Report on vaccination North-West Frontier Province 1904-1922 - 1904-1922
Year: 1904
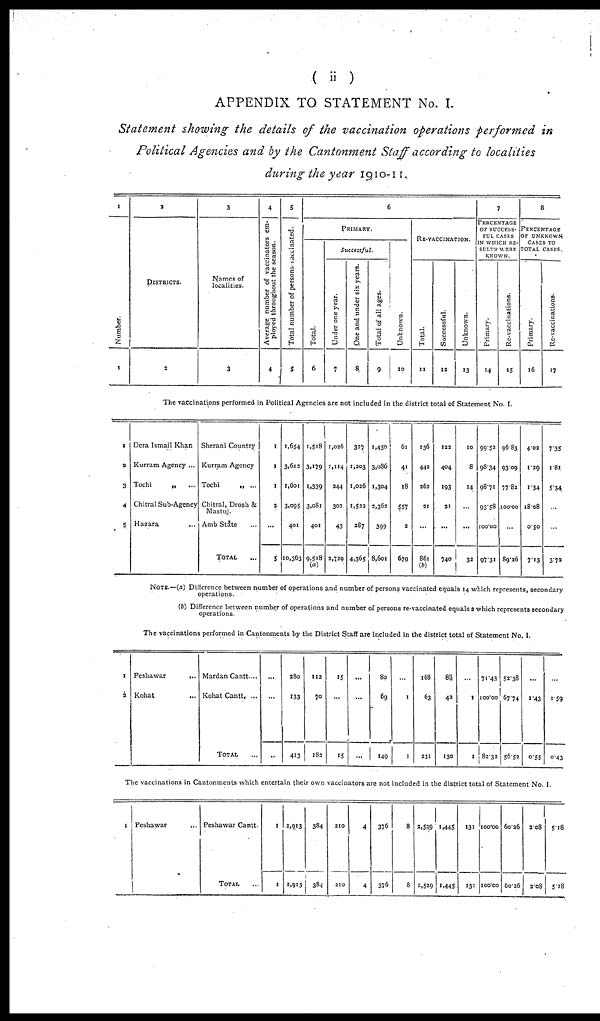
( ii )
APPENDIX TO STATEMENT No. I.
Statement showing the details of the vaccination operations performed in
Political Agencies and by the Cantonment Staff according to localities
during the year 1910-11.
1
Number.
1
2
DISTRICTS.
2
3
Names of
localities.
3
4
Average number of vaccinators em-
ployed throughout the season.
4
5
Total number of persons vaccinated.
5
6
PRIMARY.
Total.
6
Successful.
Under one year.
7
One and under six years.
8
Total of all ages.
9
Unknown.
10
RE-VACCINATION.
Total.
11
Successful.
12
Unknown.
13
7
PERCENTAGE
OF SUCCESS-
FUL CASKS
IN WHICH RE-
SULTS WERE
KNOWN.
Primary.
14
Re-vaccinations.
15
8
PERCENTAGE
OF UNKNOWN
CASES TO
TOTAL CASES.
Primary.
16
Re-vaccinations.
17
The vaccinations performed in Political Agencies are not included in the district total of Statement No. I.
1
2
3
4
5
Dera Ismail Khan
Kurram Agency ...
Tochi
„ ...
Chitral Sub-Agency
Hazara
...
Sherani Country
Kurram Agency
Tochi
„ ...
Chitral, Drosh &
Mastuj.
Amb State ...
TOTAL
1
1
1
2
...
5
1,654
3,612
1,601
3,095
401
10,363
1,518
3,179
1,339
3,081
401
9,518
(a)
1,026
1,114
244
302
43
2,729
327
1,203
1,026
1,523
287
4,365
1,450
3,086
1,304
2,362
399
8,601
61
41
18
557
2
679
136
442
262
21
...
861
(b)
122
404
193
31
...
740
10
8
14
...
...
32
99.52
98.34
98.71
93.58
100.00
97.31
96.83
93.09
77.82
100.00
...
89.26
4.02
1.29
1.34
18.08
0.50
7.13
7.35
1.81
5.34
...
...
3.72
NOTE.—(a) Difference between number of operations and number of persons vaccinated equals 14 which represents, secondary
operations.
(b) Difference between number of operations and number of persons re-vaccinated equals 3 which represents secondary
operations.
The vaccinations performed in Cantonments by the District Staff are included in the district total of Statement No. I.
1
2
Peshawar
...
Kohat ...
Mardan Cantt....
Kohat Cantt, ...
TOTAL
...
...
...
280
133
413
112
70
182
15
...
15
...
...
...
80
69
149
...
1
1
168
63
231
88
42
130
...
1
1
71.43
100.00
82.32
52.38
67.74
56.52
...
1.43
0.55
...
1.59
0.43
The vaccinations in Cantonments which entertain their own vaccinators are not included in the district total of Statement No. I.
1 Peshawar ...
Peshawar Cantt.
TOTAL
1
1
2,913
2,913
384
384
210
210
4
4
376
376
8
8
2,529
2,529
1,445
1,445
131
131
100.00
100.00
60.26
60.26
2.08
2.08
5.18
5.18